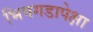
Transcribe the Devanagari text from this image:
भिवगडापेक्षा